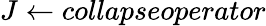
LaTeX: J\gets\textit{collapseoperator}